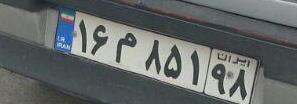
۱۶م۸۵۱۹۸